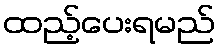
ထည့်ပေးရမည်